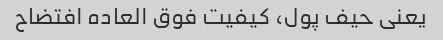
یعنی حیف پول، کیفیت فوق العاده افتضاح